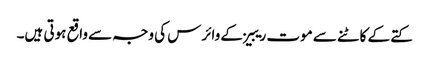
کتے کے کاٹنے سے موت ریبیز کے وائرس کی وجہ سے واقع ہوتی ہیں۔